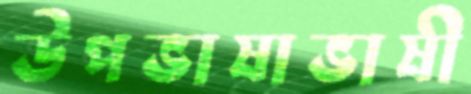
উপভাষাভাষী